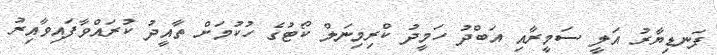
ފަނޑިޔާރު އަލީ ސަމީރާއި އަބްދު ހަމީދު ކްރިމިނަލް ކޯޓުގެ ހުކުމަށް ތާއީދު ކުރައްވާފައިވާއިރު